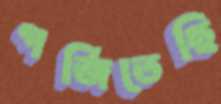
গর্জিতেছি